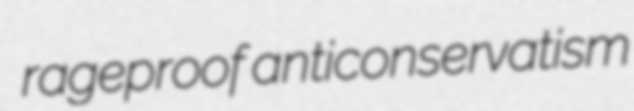
rageproof anticonservatism